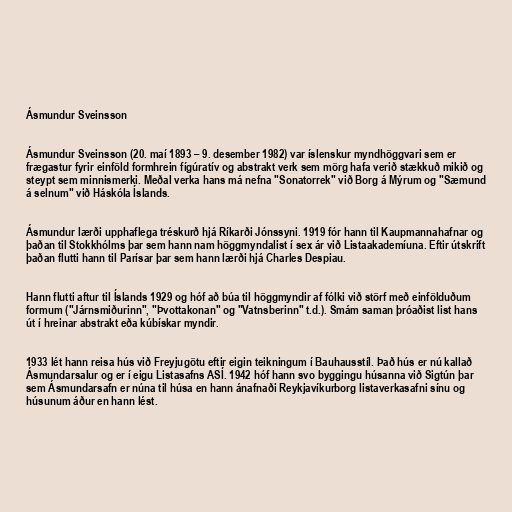
Ásmundur Sveinsson

Ásmundur Sveinsson (20. maí 1893 – 9. desember 1982) var íslenskur myndhöggvari sem er
frægastur fyrir einföld formhrein fígúratív og abstrakt verk sem mörg hafa verið stækkuð mikið og
steypt sem minnismerki. Meðal verka hans má nefna "Sonatorrek" við Borg á Mýrum og "Sæmund
á selnum" við Háskóla Íslands.

Ásmundur lærði upphaflega tréskurð hjá Ríkarði Jónssyni. 1919 fór hann til Kaupmannahafnar og
þaðan til Stokkhólms þar sem hann nam höggmyndalist í sex ár við Listaakademíuna. Eftir útskrift
þaðan flutti hann til Parísar þar sem hann lærði hjá Charles Despiau.

Hann flutti aftur til Íslands 1929 og hóf að búa til höggmyndir af fólki við störf með einfölduðum
formum ("Járnsmiðurinn", "Þvottakonan" og "Vatnsberinn" t.d.). Smám saman þróaðist list hans
út í hreinar abstrakt eða kúbískar myndir.

1933 lét hann reisa hús við Freyjugötu eftir eigin teikningum í Bauhausstíl. Það hús er nú kallað
Ásmundarsalur og er í eigu Listasafns ASÍ. 1942 hóf hann svo byggingu húsanna við Sigtún þar
sem Ásmundarsafn er núna til húsa en hann ánafnaði Reykjavíkurborg listaverkasafni sínu og
húsunum áður en hann lést.